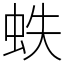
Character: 蛈